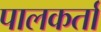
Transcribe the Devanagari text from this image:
पालकर्ता